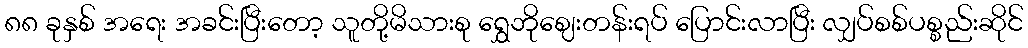
၈၈ ခုနှစ် အရေး အခင်းပြီးတော့ သူတို့မိသားစု ရွှေဘိုဈေးတန်းရပ် ပြောင်းလာပြီး လျှပ်စစ်ပစ္စည်းဆိုင်